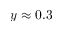
y \approx 0 . 3